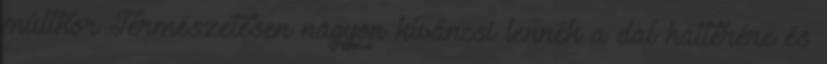
múltkor Természetesen nagyon kíváncsi lennék a dal hátterére és